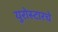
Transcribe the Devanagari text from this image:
युरोस्टारचे